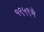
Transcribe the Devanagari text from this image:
१९५९मे